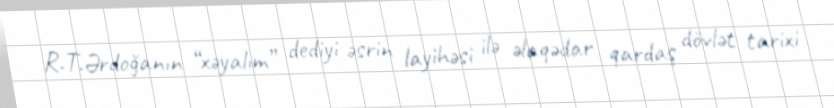
R.T.Ərdoğanın “xəyalım” dediyi əsrin layihəsi ilə əlaqədar qardaş dövlət tarixi